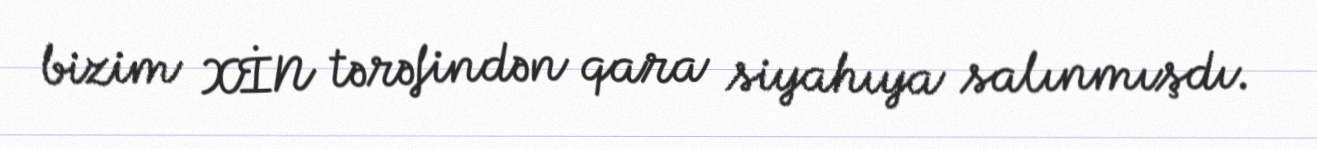
bizim XİN tərəfindən qara siyahıya salınmışdı.